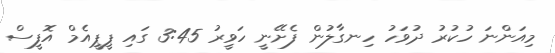
މިއަންނަ ހުކުރު ދުވަހު ހިނގާލުން ފެށޭނީ ހަވީރު 3:45 ގައި ޕީޕީއެމް އޮފީސް